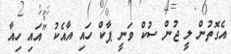
އެގޮތުން ލީ ޖުން ސުކް ވަނީ ޕާކް ހައި އާއެކު "އައި ހިއާ